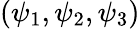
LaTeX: (\psi_{1},\psi_{2},\psi_{3})